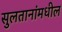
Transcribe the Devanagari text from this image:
सुलतानांमधील